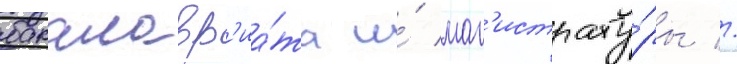
бакалавр'иа́та и́ маг'истрату́ры //